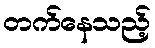
တက်နေသည့်